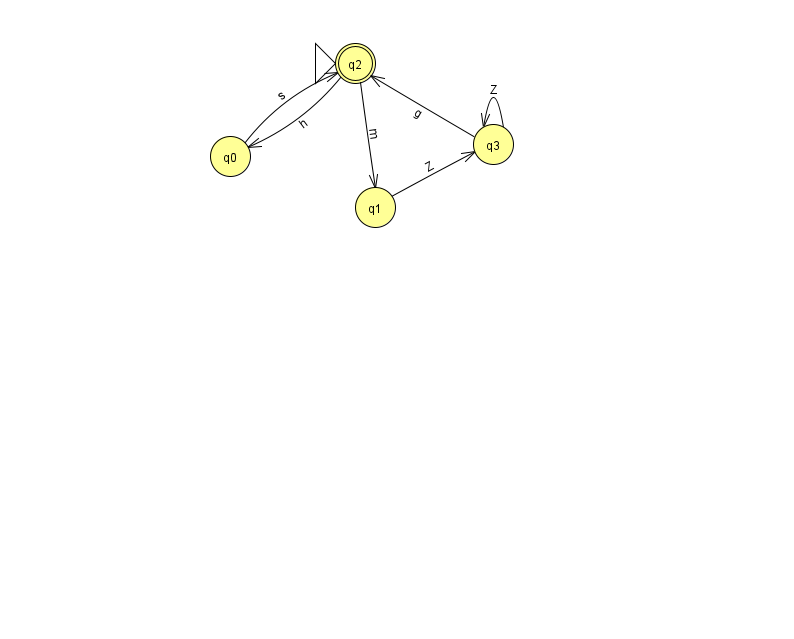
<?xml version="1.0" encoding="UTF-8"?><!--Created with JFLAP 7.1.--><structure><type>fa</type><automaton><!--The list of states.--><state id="0" name="q0"><x>230.0</x><y>143.0</y></state><state id="1" name="q1"><x>375.0</x><y>194.0</y></state><state id="2" name="q2"><x>355.0</x><y>50.0</y><initial/><final/></state><state id="3" name="q3"><x>493.0</x><y>131.0</y></state><!--The list of transitions.--><transition><from>1</from><to>3</to><read>Z</read></transition><transition><from>2</from><to>0</to><read>h</read></transition><transition><from>3</from><to>3</to><read>Z</read></transition><transition><from>2</from><to>1</to><read>m</read></transition><transition><from>0</from><to>2</to><read>s</read></transition><transition><from>3</from><to>2</to><read>g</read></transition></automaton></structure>